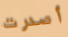
أصدرت